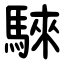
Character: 騋